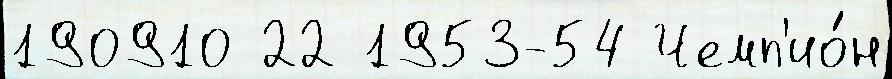
190910 22 1953-54 Чемп'ио́н